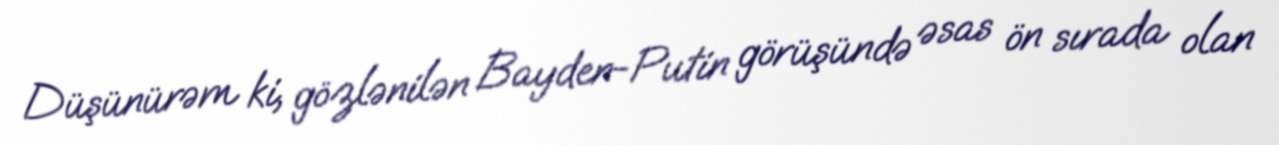
Düşünürəm ki, gözlənilən Bayden-Putin görüşündə əsas ön sırada olan